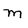
Character: M